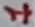
Text: 1